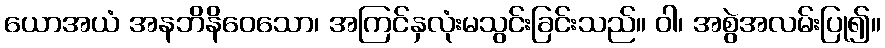
ယောအယံ အနဘိနိဝေသော၊ အကြင်နှလုံးမသွင်းခြင်းသည်။ ဝါ၊ အစွဲအလမ်းပြု၍။